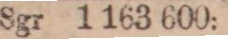
Sgr 1 163 600: —